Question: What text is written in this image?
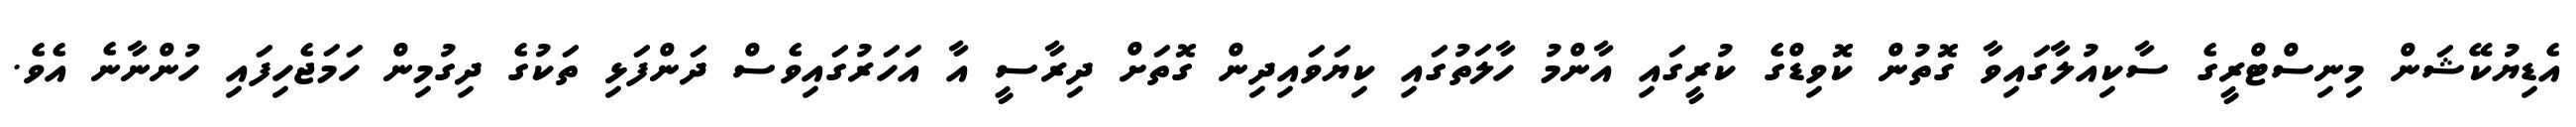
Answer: އެޑިޔުކޭޝަން މިނިސްޓްރީގެ ސާކިއުލާގައިވާ ގޮތުން ކޮވިޑްގެ ކުރީގައި އާންމު ހާލަތުގައި ކިޔަވައިދިން ގޮތަށް ދިރާސީ އާ އަހަރުގައިވެސް ދަންފަޅި ތަކުގެ ދިގުމިން ހަމަޖެހިފައި ހުންނާނެ އެވެ.